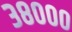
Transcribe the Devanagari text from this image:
३८०००